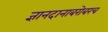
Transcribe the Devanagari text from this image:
ज्ञानदानाबरोबरच